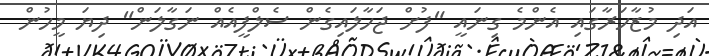
އަދި މުޒާހަރާގައި އެންމެ ގިނައީ "ފުށް ޖަހާލައިގެން ސެލްފީއެއް ނަގާލަން" ދިޔަ މީހުން